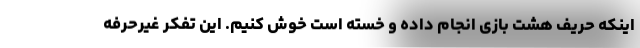
اینکه حریف هشت بازی انجام داده و خسته است خوش کنیم. این تفکر غیرحرفه